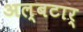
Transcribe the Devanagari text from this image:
अल्बटार्